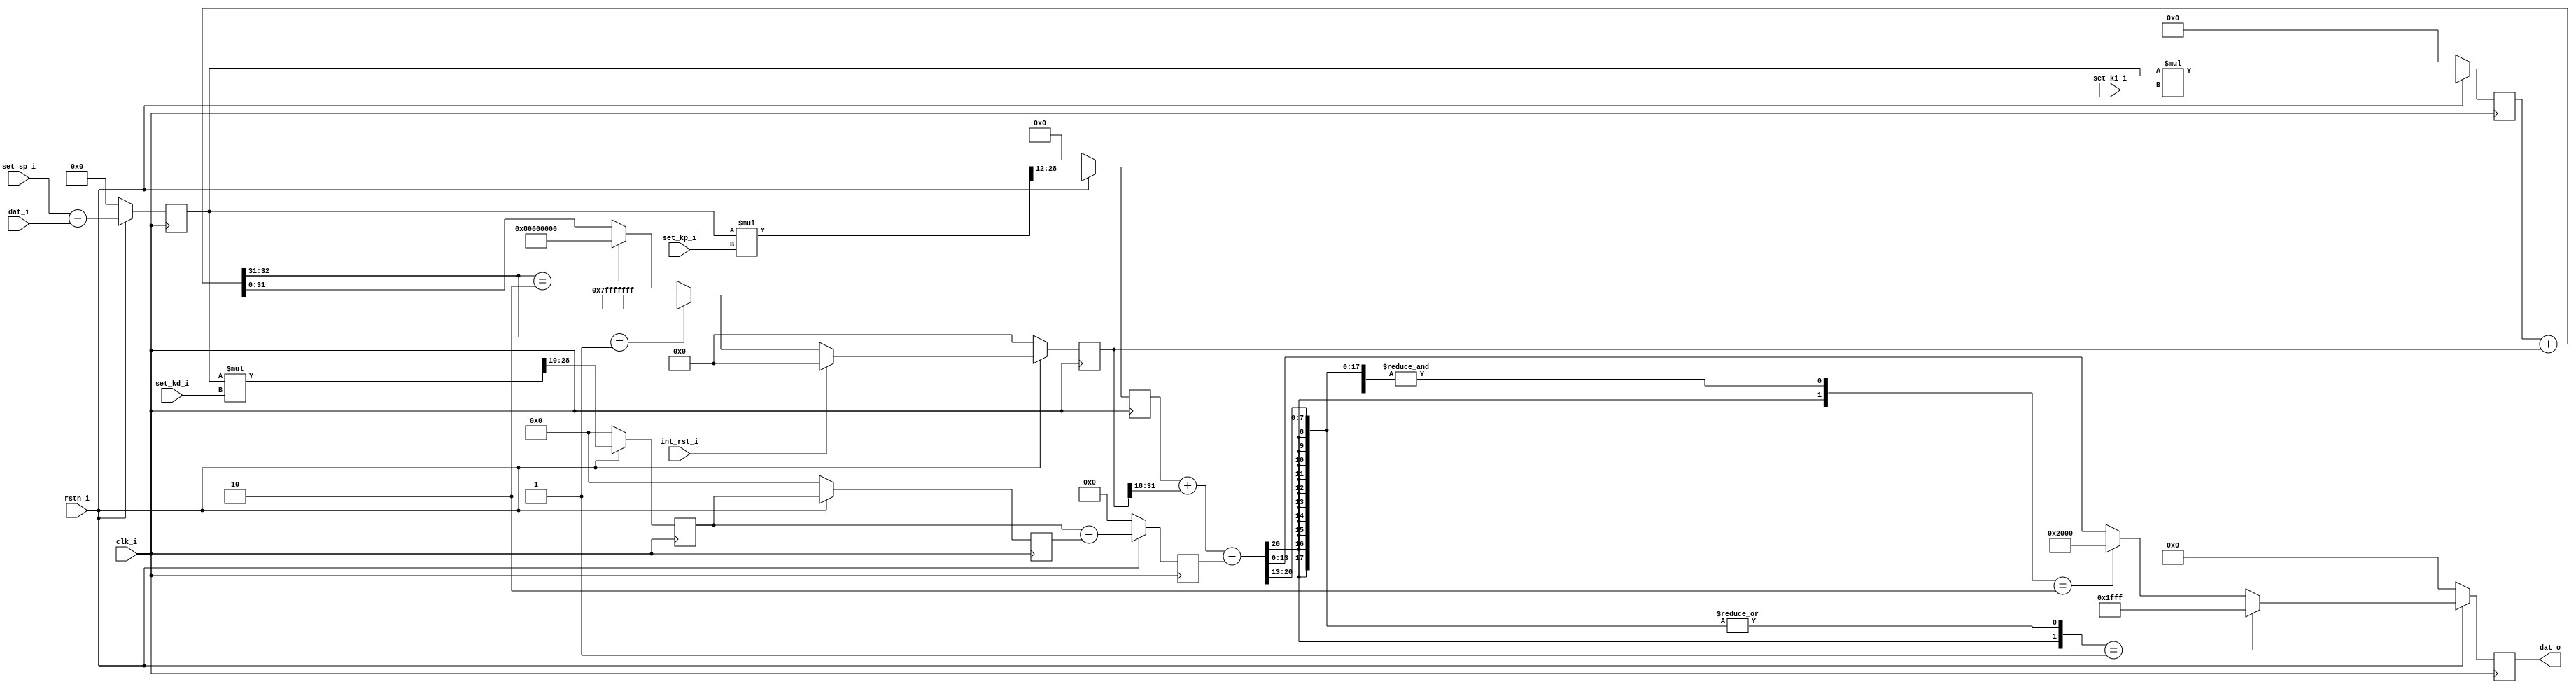
module red_pitaya_pid_block_1 #(
   parameter     PSR = 12         ,
   parameter     ISR = 18         ,
   parameter     DSR = 10          
)
(
   input                 clk_i           ,  
   input                 rstn_i          ,  
   input      [ 14-1: 0] dat_i           ,  
   output     [ 14-1: 0] dat_o           ,  
   input      [ 14-1: 0] set_sp_i        ,  
   input      [ 14-1: 0] set_kp_i        ,  
   input      [ 14-1: 0] set_ki_i        ,  
   input      [ 14-1: 0] set_kd_i        ,  
   input                 int_rst_i          
);
reg  [ 15-1: 0] error        ;
always @(posedge clk_i) begin
   if (rstn_i == 1'b0) begin
      error <= 15'h0 ;
   end
   else begin
      error <= $signed(set_sp_i) - $signed(dat_i) ;
   end
end
reg   [29-PSR-1: 0] kp_reg        ;
wire  [    29-1: 0] kp_mult       ;
always @(posedge clk_i) begin
   if (rstn_i == 1'b0) begin
      kp_reg  <= {29-PSR{1'b0}};
   end
   else begin
      kp_reg <= kp_mult[29-1:PSR] ;
   end
end
assign kp_mult = $signed(error) * $signed(set_kp_i);
reg   [    29-1: 0] ki_mult       ;
wire  [    33-1: 0] int_sum       ;
reg   [    32-1: 0] int_reg       ;
wire  [32-ISR-1: 0] int_shr       ;
always @(posedge clk_i) begin
   if (rstn_i == 1'b0) begin
      ki_mult  <= {29{1'b0}};
      int_reg  <= {32{1'b0}};
   end
   else begin
      ki_mult <= $signed(error) * $signed(set_ki_i) ;
      if (int_rst_i)
         int_reg <= 32'h0; 
      else if (int_sum[33-1:33-2] == 2'b01) 
         int_reg <= 32'h7FFFFFFF; 
      else if (int_sum[33-1:33-2] == 2'b10) 
         int_reg <= 32'h80000000; 
      else
         int_reg <= int_sum[32-1:0]; 
   end
end
assign int_sum = $signed(ki_mult) + $signed(int_reg) ;
assign int_shr = int_reg[32-1:ISR] ;
wire  [    29-1: 0] kd_mult       ;
reg   [29-DSR-1: 0] kd_reg        ;
reg   [29-DSR-1: 0] kd_reg_r      ;
reg   [29-DSR  : 0] kd_reg_s      ;
always @(posedge clk_i) begin
   if (rstn_i == 1'b0) begin
      kd_reg   <= {29-DSR{1'b0}};
      kd_reg_r <= {29-DSR{1'b0}};
      kd_reg_s <= {29-DSR+1{1'b0}};
   end
   else begin
      kd_reg   <= kd_mult[29-1:DSR] ;
      kd_reg_r <= kd_reg;
      kd_reg_s <= $signed(kd_reg) - $signed(kd_reg_r);
   end
end
assign kd_mult = $signed(error) * $signed(set_kd_i) ;
wire  [   33-1: 0] pid_sum     ; 
reg   [   14-1: 0] pid_out     ;
always @(posedge clk_i) begin
   if (rstn_i == 1'b0) begin
      pid_out    <= 14'b0 ;
   end
   else begin
      if ({pid_sum[33-1],|pid_sum[32-2:13]} == 2'b01) 
         pid_out <= 14'h1FFF ;
      else if ({pid_sum[33-1],&pid_sum[33-2:13]} == 2'b10) 
         pid_out <= 14'h2000 ;
      else
         pid_out <= pid_sum[14-1:0] ;
   end
end
assign pid_sum = $signed(kp_reg) + $signed(int_shr) + $signed(kd_reg_s) ;
assign dat_o = pid_out ;
endmodule